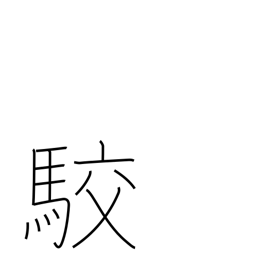
Meaning: spots